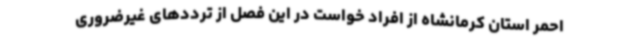
احمر استان کرمانشاه از افراد خواست در این فصل از ترددهای غیرضروری